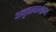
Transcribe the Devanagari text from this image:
अनुत्तरषडर्धक्रम